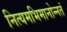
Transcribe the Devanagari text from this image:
नित्यमभिमानोन्नतं